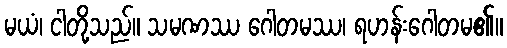
မယံ၊ ငါတို့သည်။ သမဏဿ ဂေါတမဿ၊ ရဟန်းဂေါတမ၏။